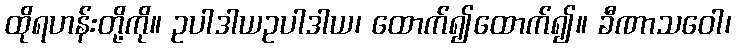
ထိုရဟန်းတို့ကို။ ဥပါဒါယဥပါဒါယ၊ ထောက်၍ထောက်၍။ ခီဏာသဝေါ၊